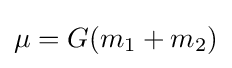
\mu ={G}(m_{1}+m_{2})